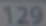
129